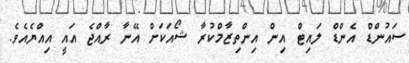
ސައުންޑް އެންޑް ލައިޓް އިން އިންތިޒާމްކުރާ ޝޯއަކަށް އޭނާ ރާއްޖެ އައީ އިއްޔެއެވެ.